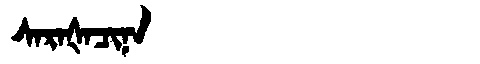
Manchu: ᠰᠠᡵᠠᡧᠠᠴᡳᠨᠠ
Romanization: SARAŠACINA